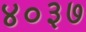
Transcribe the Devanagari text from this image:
४०३७